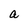
Character: a